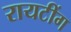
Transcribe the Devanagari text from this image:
रायटींग